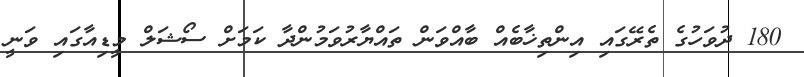
180 ދުވަހުގެ ތެރޭގައި އިންތިޚާބެއް ބާއްވަން ތައްޔާރުވަމުންދާ ކަމަށް ސޯޝަލް މީޑިއާގައި ވަނީ